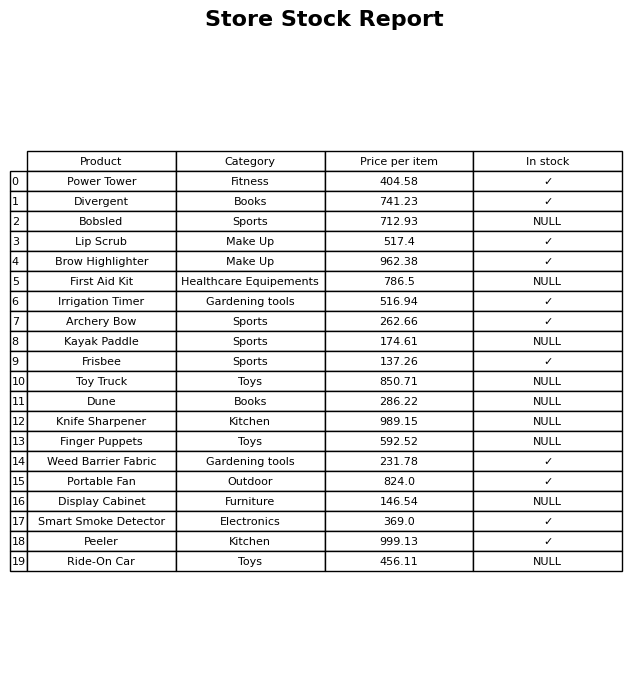
question: What is the price of the Frisbee?
answer: The price of Frisbee is 137.26.